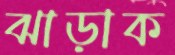
ঝাড়াক